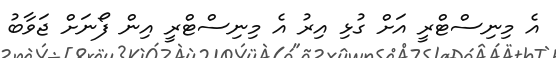
އެ މިނިސްޓްރީ އަށް ގުޅި އިރު އެ މިނިސްޓްރީ އިން ފޯނަށް ޖަވާބު